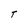
Character: T